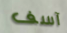
آسف